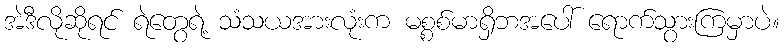
အဲဒီလိုဆိုရင် ရဲတွေရဲ့ သံသယအားလုံးက မစ္စစ်မာရှိဘအပေါ် ရောက်သွားကြမှာပဲ။